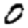
Digit: 0